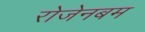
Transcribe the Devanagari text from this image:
रोजेनबम